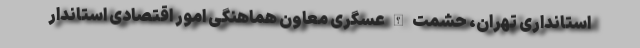
استانداری تهران، حشمت الله عسگری معاون هماهنگی امور اقتصادی استاندار